Annual vaccination report of Bihar and Orissa - 1911-1928
Year: 1911
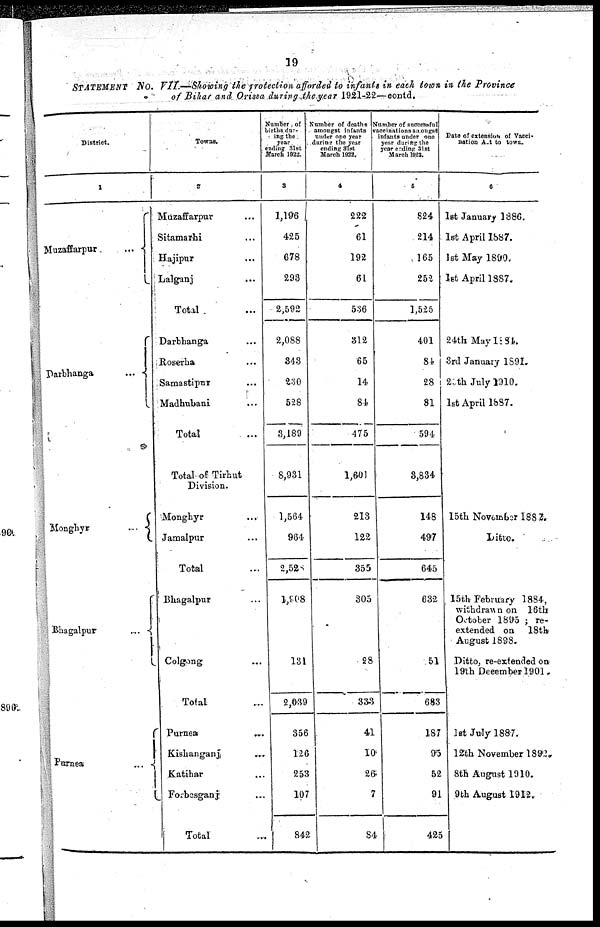
19
STATEMENT No. VII.—Showing the protection afforded to infants in each town in the Province
of Bihar and Orissa during the year 1921-22—contd.
District.
1
Muzaffarpur
...
Parbhanga
...
Monghyr
...
Bhagalpur
...
Purnea
...
Towns.
2
Muzaffarpur ...
Sitamarhi ...
Hajipur
...
Lalganj ...
Total ...
Darbhanga ...
Roserha ...
Samastipur ...
Madbubani...
Total ...
Total of Tirhut
Division.
Monghyr ...
Jamalpur ...
Total ...
Bhagalpur ...
Colgong ...
Total ...
Purnea ...
Kishanganj ...
Katihar ...
Forbesganj ...
Total ...
Number of
births dur-
ring the
year
ending 31st
March 1922.
3
1,196
425
678
293
2,592
2,088
343
230
528
3,189
8,931
1,564
964
2,528
1,908
131
2,039
356
126
253
107
842
Number of deaths
amongst infants
under one year
during the year
ending 31st
March 1922.
4
222
61
192
61
536
812
65
14
84
475
1,601
213
122
355
305
28
333
41
10
26
7
84
Number of successful
vaccinations amongst
infants under one
year during the
year ending 31st
March 1922.
5
824
214
165
252
1,525
401
84
28
81
594
8,834
148
497
645
632
51
683
187
95
52
91
425
Date of extension of Vacci-
nation Act to town.
6
1st January 1886.
1st April 1887.
1st May 1890.
1st April 1887.
24th May 1884.
3rd January 1891.
23 th July 1910.
1st April 1887.
15 th November 1882
Ditto.
15th February 1884,
withdrawn on 16th
October 1895 ; re-
extended on 18th
August 1898.
Ditto, re-extended on
19th December 1901.
1st July 1887.
12 th November 1892.
8th August 1910.
9th August 1912.